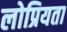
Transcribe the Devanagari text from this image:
लोप्रियता